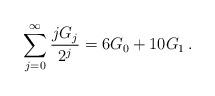
LaTeX: \begin{align*}\sum_{j = 0}^\infty {\frac{{jG_j }}{{2^j }}} = 6G_0 + 10G_1\,.\end{align*}